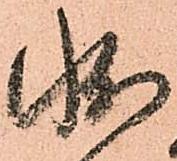
状